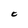
Character: C